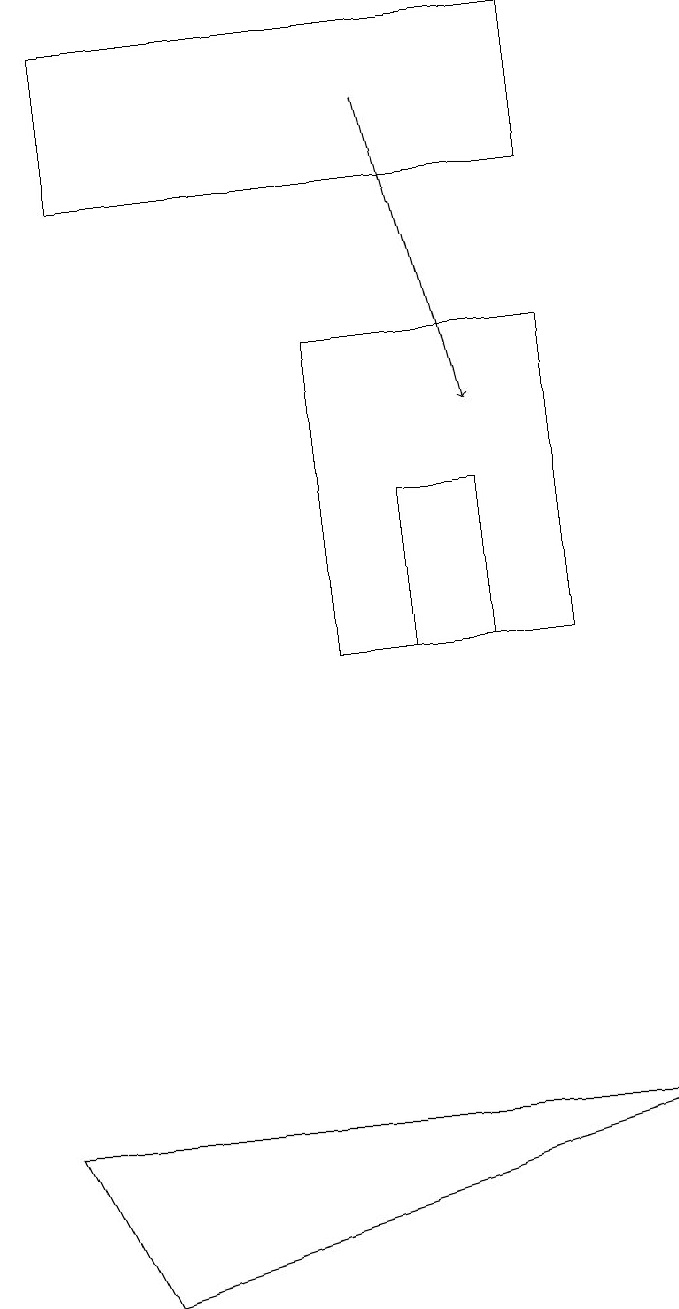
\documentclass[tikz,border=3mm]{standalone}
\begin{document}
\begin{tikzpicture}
\draw (8,15) rectangle (5,11);
\draw (1,5) -- (9,5) -- (2,3) -- cycle;
\draw (6,13) rectangle (7,11);
\draw[->] (6,18) -- (7,14);
\draw (8,17) rectangle (2,19);
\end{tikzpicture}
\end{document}